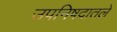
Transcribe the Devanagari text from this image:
उपनिषदातले